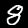
Label: 8